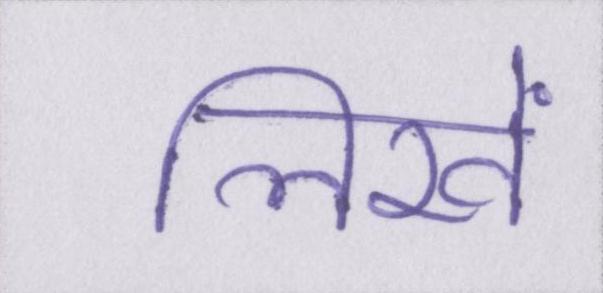
लिखें